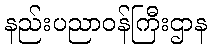
နည်းပညာဝန်ကြီးဌာန